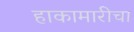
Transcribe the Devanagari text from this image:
हाकामारीचा